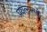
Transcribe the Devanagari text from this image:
प्रयत्नातही